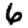
Digit: 6